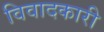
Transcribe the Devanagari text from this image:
विवादकारी